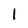
Character: 1